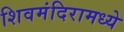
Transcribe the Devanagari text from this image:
शिवमंदिरामध्ये